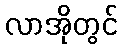
လာအိုတွင်